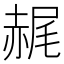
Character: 䞔